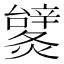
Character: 𨐹